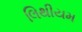
લિથીયમ